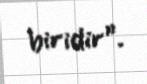
biridir”.